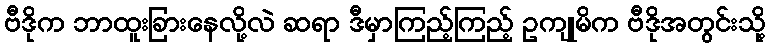
ဗီဒိုက ဘာထူးခြားနေလို့လဲ ဆရာ ဒီမှာကြည့်ကြည့် ဥကျုမိက ဗီဒိုအတွင်းသို့